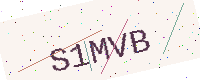
Text: S1MVB